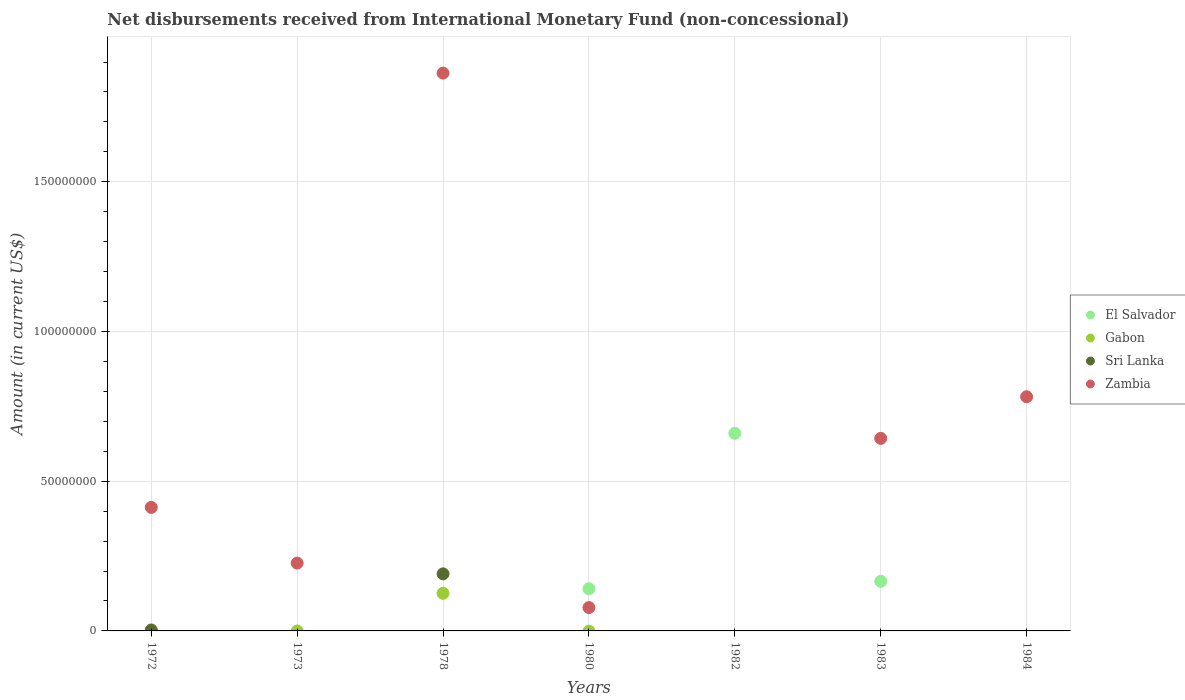
| Years | El Salvador | Gabon | Sri Lanka | Zambia |
 | --- | --- | --- | --- | --- |
 | 1972 | -1.56e+06 | -3.3e+04 | 3.15e+05 | 4.13e+07 |
 | 1973 | -1.04e+07 | -3.6e+04 | -2.58e+06 | 2.27e+07 |
 | 1978 | -4.61e+06 | 1.26e+07 | 1.91e+07 | 1.86e+08 |
 | 1980 | 1.41e+07 | -1e+05 | -3.6e+06 | 7.8e+06 |
 | 1982 | 6.6e+07 | -2.19e+06 | -5.9e+06 | -5.77e+07 |
 | 1983 | 1.66e+07 | -8.02e+06 | -1.11e+07 | 6.43e+07 |
 | 1984 | -5.51e+06 | -1.9e+06 | -2.8e+06 | 7.82e+07 |